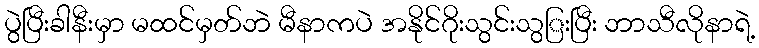
ပွဲပြီးခါနီးမှာ မထင်မှတ်ဘဲ မီနာကပဲ အနိုင်ဂိုးသွင်းသွြးပြီး ဘာသီလိုနာရဲ့